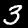
Label: 3